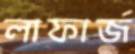
লাফার্জ